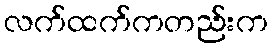
လက်ထက်ကတည်းက